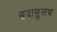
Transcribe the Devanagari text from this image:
सदासुलभ